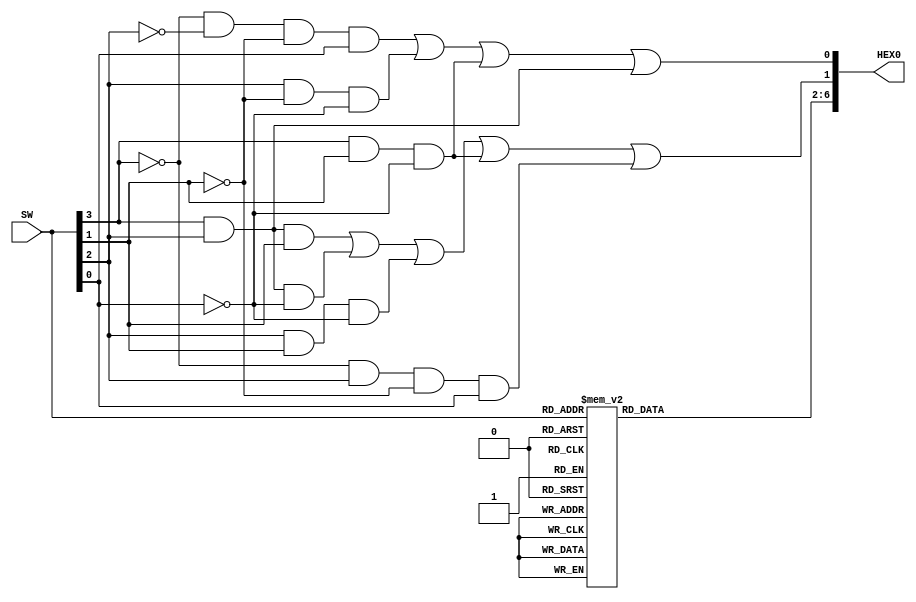
module lab1part2(
	input [3:0] SW,
	output [6:0] HEX0
	);
	
	reg [6:2] top_5_seg;
	
	assign HEX0[0] = (~SW[3]&~SW[2]&~SW[1]&SW[0]) | (SW[2]&~SW[1]&~SW[0]) | (SW[3]&SW[1]&~SW[0]) | (SW[3]&SW[2]);
	assign HEX0[1] = (SW[3]&SW[2]&SW[1]) | (SW[3]&SW[2]&~SW[0]) | (SW[2]&SW[1]&~SW[0]) | (SW[3]&SW[1]&~SW[0]) | (~SW[3]&SW[2]&~SW[1]&SW[0]);
	assign HEX0[6:2] = top_5_seg[6:2];
	
	always @(SW[3:0])
	begin
	
		case(SW[3:0])
			4'b0000: begin
				top_5_seg[2] <= 1'b0;
				top_5_seg[3] <= 1'b0;
				top_5_seg[4] <= 1'b0;
				top_5_seg[5] <= 1'b0;
				top_5_seg[6] <= 1'b1;
			end

			4'b0001: begin
				top_5_seg[2] <= 1'b0;
				top_5_seg[3] <= 1'b1;
				top_5_seg[4] <= 1'b1;
				top_5_seg[5] <= 1'b1;
				top_5_seg[6] <= 1'b1;
			end
			
			4'b0010: begin
				top_5_seg[2] <= 1'b1;
				top_5_seg[3] <= 1'b0;
				top_5_seg[4] <= 1'b0;
				top_5_seg[5] <= 1'b1;
				top_5_seg[6] <= 1'b0;
			end
			
			4'b0011: begin
				top_5_seg[2] <= 1'b0;
				top_5_seg[3] <= 1'b0;
				top_5_seg[4] <= 1'b1;
				top_5_seg[5] <= 1'b1;
				top_5_seg[6] <= 1'b0;
			end
			
			4'b0100: begin
				top_5_seg[2] <= 1'b0;
				top_5_seg[3] <= 1'b1;
				top_5_seg[4] <= 1'b1;
				top_5_seg[5] <= 1'b0;
				top_5_seg[6] <= 1'b0;
			end
			
			4'b0101: begin
				top_5_seg[2] <= 1'b0;
				top_5_seg[3] <= 1'b0;
				top_5_seg[4] <= 1'b1;
				top_5_seg[5] <= 1'b0;
				top_5_seg[6] <= 1'b0;
			end
			
			4'b0110: begin
				top_5_seg[2] <= 1'b0;
				top_5_seg[3] <= 1'b0;
				top_5_seg[4] <= 1'b0;
				top_5_seg[5] <= 1'b0;
				top_5_seg[6] <= 1'b0;
			end
				
			4'b0111: begin
				top_5_seg[2] <= 1'b0;
				top_5_seg[3] <= 1'b1;
				top_5_seg[4] <= 1'b1;
				top_5_seg[5] <= 1'b1;
				top_5_seg[6] <= 1'b1;
			end
			
			4'b1000: begin
				top_5_seg[2] <= 1'b0;
				top_5_seg[3] <= 1'b0;
				top_5_seg[4] <= 1'b0;
				top_5_seg[5] <= 1'b0;
				top_5_seg[6] <= 1'b0;
			end
			
			4'b1001: begin
				top_5_seg[2] <= 1'b0;
				top_5_seg[3] <= 1'b0;
				top_5_seg[4] <= 1'b1;
				top_5_seg[5] <= 1'b0;
				top_5_seg[6] <= 1'b0;
			end
			
			4'b1010: begin
				top_5_seg[2] <= 1'b0;
				top_5_seg[3] <= 1'b1;
				top_5_seg[4] <= 1'b0;
				top_5_seg[5] <= 1'b0;
				top_5_seg[6] <= 1'b0;
			end
				
			4'b1011: begin
				top_5_seg[2] <= 1'b0;
				top_5_seg[3] <= 1'b1;
				top_5_seg[4] <= 1'b0;
				top_5_seg[5] <= 1'b0;
				top_5_seg[6] <= 1'b0;
			end

			4'b1100: begin
				top_5_seg[2] <= 1'b0;
				top_5_seg[3] <= 1'b1;
				top_5_seg[4] <= 1'b0;
				top_5_seg[5] <= 1'b1;
				top_5_seg[6] <= 1'b0;
			end
				
			4'b1101: begin
				top_5_seg[2] <= 1'b0;
				top_5_seg[3] <= 1'b1;
				top_5_seg[4] <= 1'b0;
				top_5_seg[5] <= 1'b0;
				top_5_seg[6] <= 1'b0;
			end
				
			4'b1110: begin
				top_5_seg[2] <= 1'b0;
				top_5_seg[3] <= 1'b0;
				top_5_seg[4] <= 1'b0;
				top_5_seg[5] <= 1'b0;
				top_5_seg[6] <= 1'b0;
			end
				
			4'b1111: begin
				top_5_seg[2] <= 1'b1;
				top_5_seg[3] <= 1'b1;
				top_5_seg[4] <= 1'b1;
				top_5_seg[5] <= 1'b1;
				top_5_seg[6] <= 1'b1;
			end
			
			default: begin
				top_5_seg[2] <= 1'b1;
				top_5_seg[3] <= 1'b1;
				top_5_seg[4] <= 1'b1;
				top_5_seg[5] <= 1'b1;
				top_5_seg[6] <= 1'b1;
			end
			
		endcase
		
	end 
	
	
	
endmodule